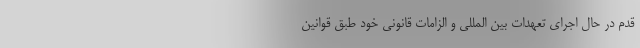
قدم در حال اجرای تعهدات بین المللی و الزامات قانونی خود طبق قوانین